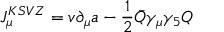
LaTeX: J _ { \mu } ^ { K S V Z } = v \partial _ { \mu } a - { \frac { 1 } { 2 } } \bar { Q } \gamma _ { \mu } \gamma _ { 5 } Q